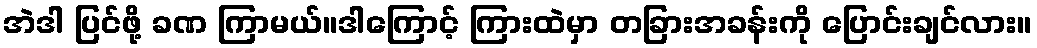
အဲဒါ ပြင်ဖို့ ခဏ ကြာမယ်။ဒါကြောင့် ကြားထဲမှာ တခြားအခန်းကို ပြောင်းချင်လား။